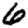
Digit: 6